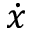
\Dot { x }